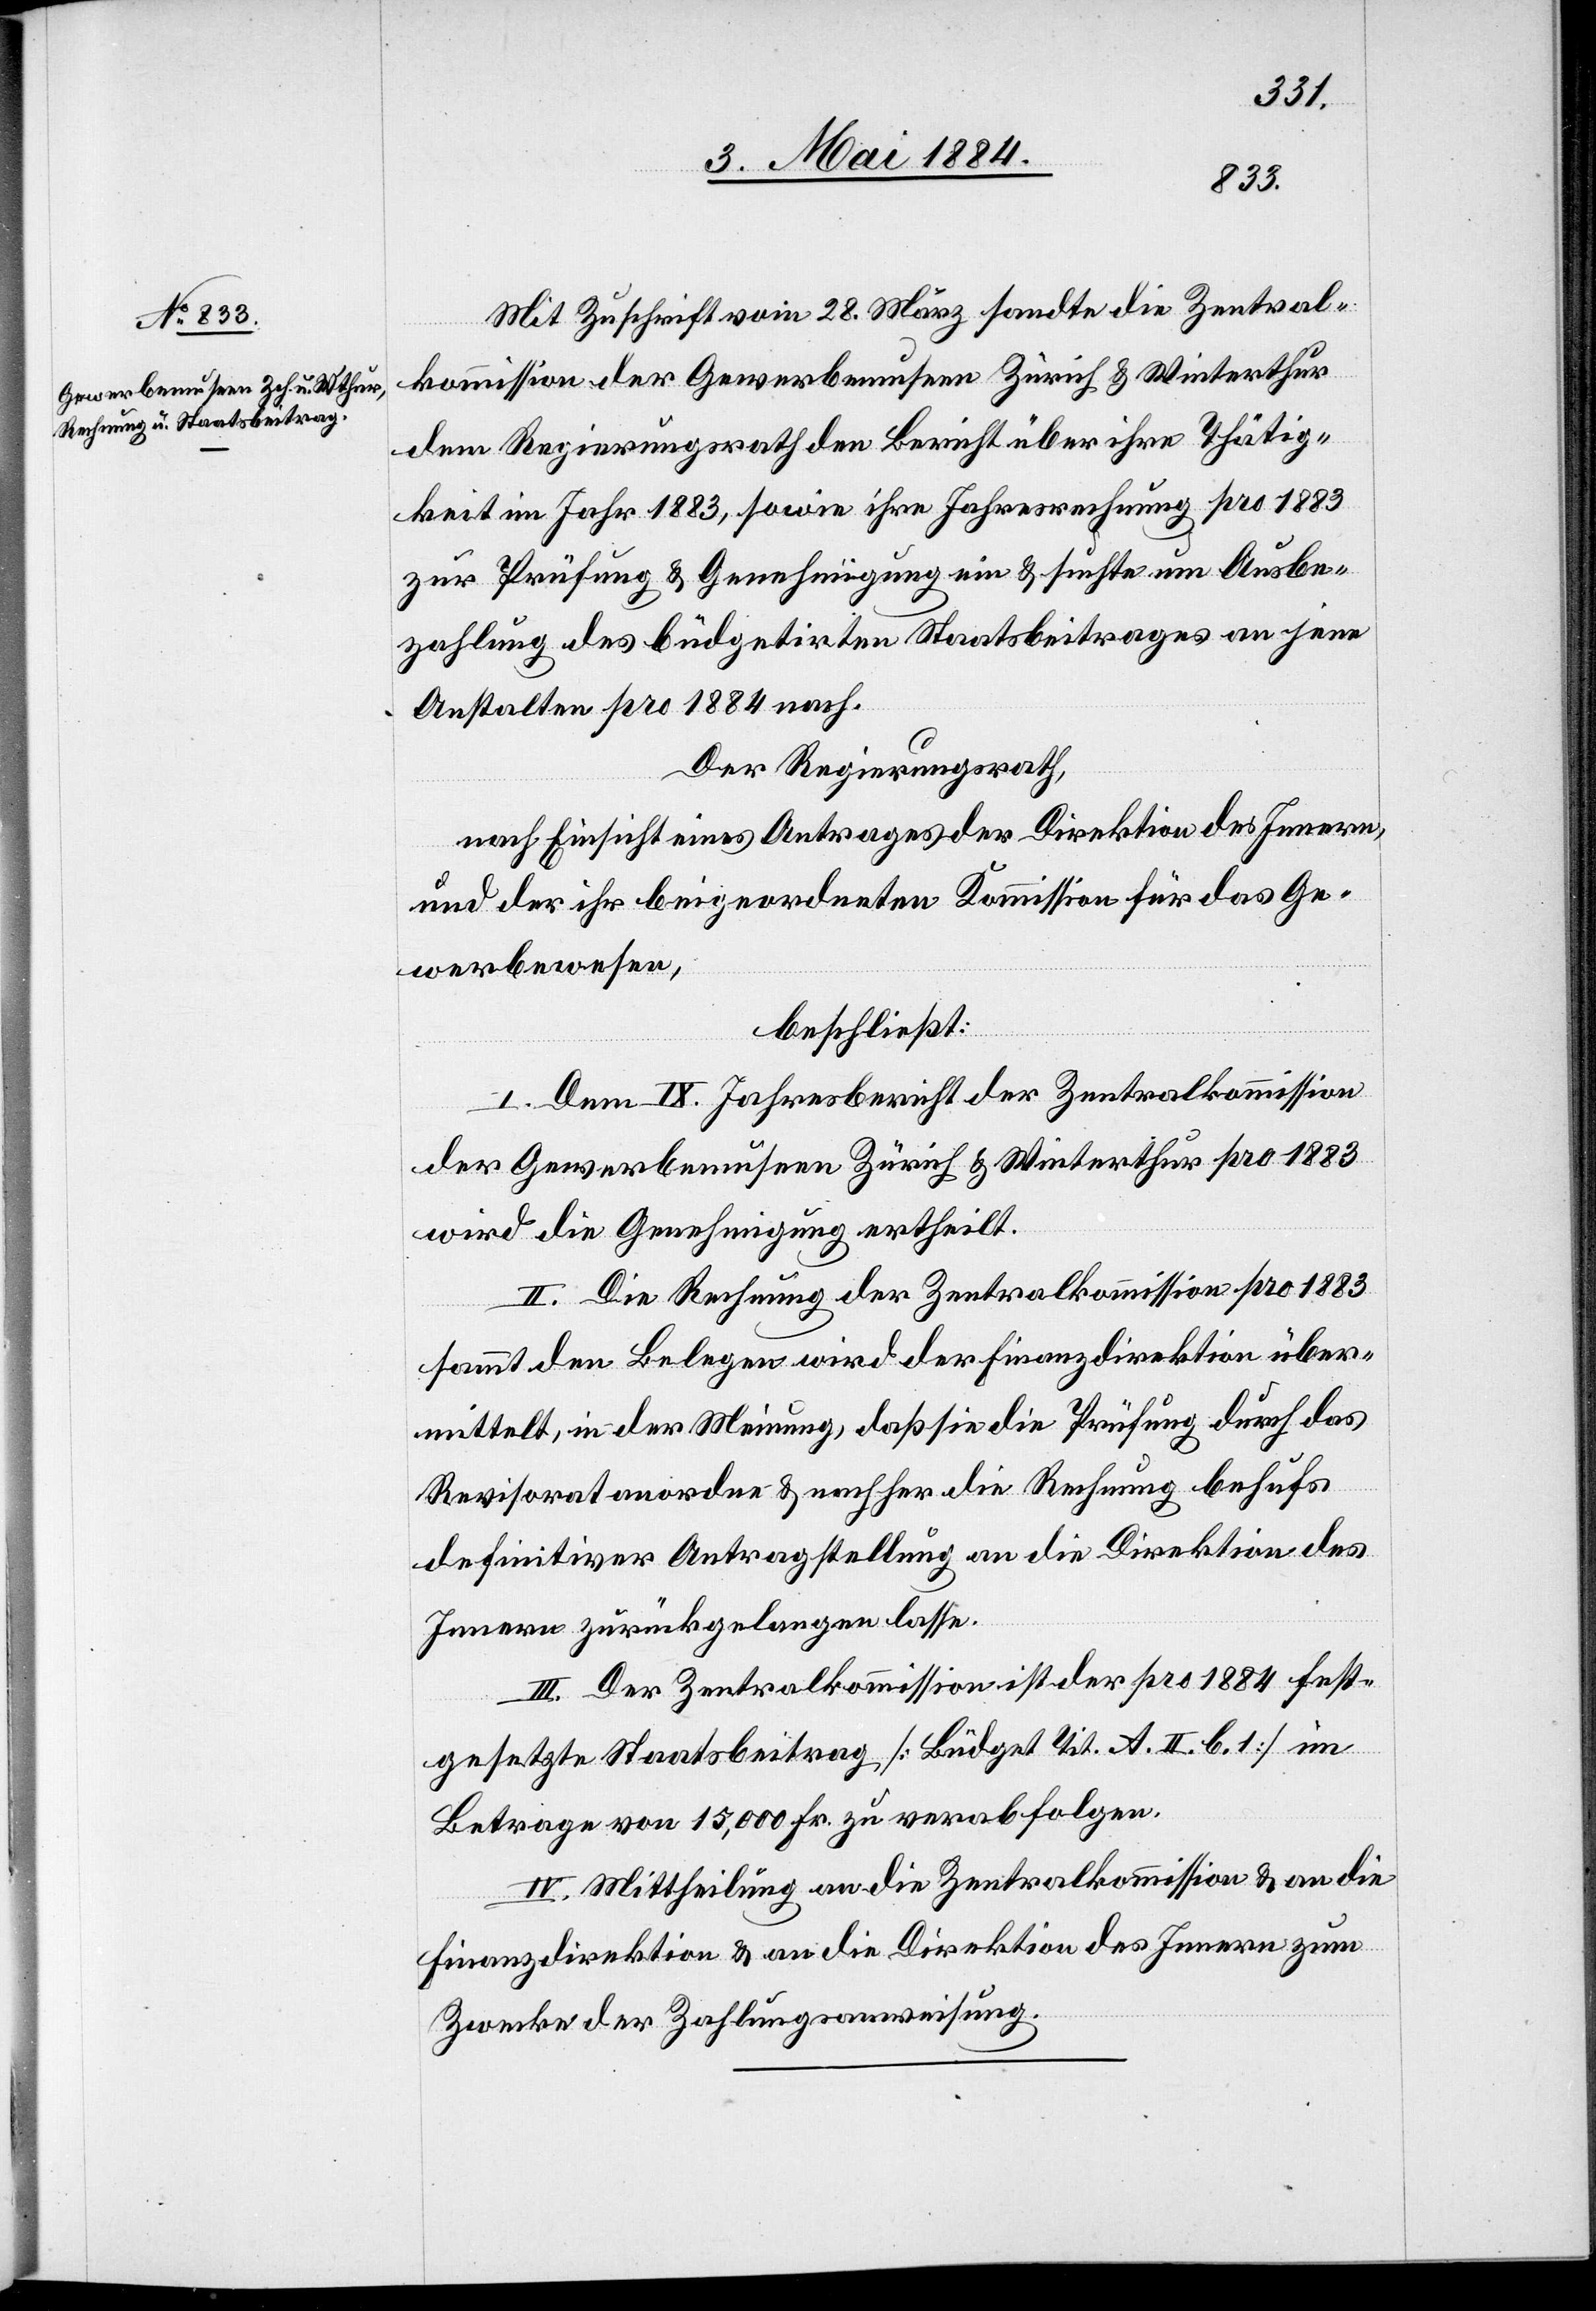
Mit Zuschrift vom 28. März sandte die Zentral¬
kommission der Gewerbemuseen Zürich & Winterthur
dem Regierungsrath den Bericht über ihre Thätig¬
keit im Jahr 1883, sowie ihre Jahresrechnung pro 1883
zur Prüfung & Genehmigung ein & suchte um Ausbe¬
zahlung des büdgetirten Staatbeitrages an jene
Anstalten pro 1884 nach.
Der Regierungsrath,
nach Einsicht eines Antrages der Direktion des Innern
und der ihr beigeordneten Kommission für das Ge¬
werbewesen,
beschließt:
I. Dem IX. Jahresbericht der Zentralkommission
der Gewerbemuseen Zürich & Winterthur pro 1883
wird die Genehmigung ertheilt.
II. Die Rechnung der Zentralkommission pro 1883
sammt den Belegen wird der Finanzdirektion über¬
mittelt, in der Meinung, daß sie die Prüfung durch das
Revisorat anordne & nachher die Rechnung behufs
definitiver Antragstellung an die Direktion des
Innern zurückgelangen lasse.
III. Der Zentralkommission ist der pro 1884 fest¬
gesetzte Staatsbeitrag [Büdget Tit. A. II. b. 1.] im
Betrage von 15,000 Fr. zu verabfolgen.
IV. Mittheilung an die Zentralkommission & an die
Finanzdirektion & an die Direktion des Innern zum
Zwecke der Zahlungsanweisung.